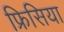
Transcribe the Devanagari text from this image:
फ्रिसिया